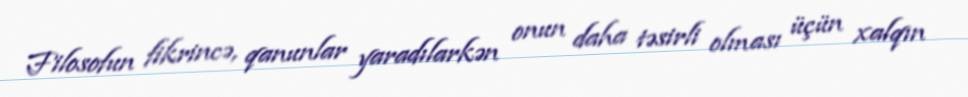
Filosofun fikrincə, qanunlar yaradılarkən onun daha təsirli olması üçün xalqın